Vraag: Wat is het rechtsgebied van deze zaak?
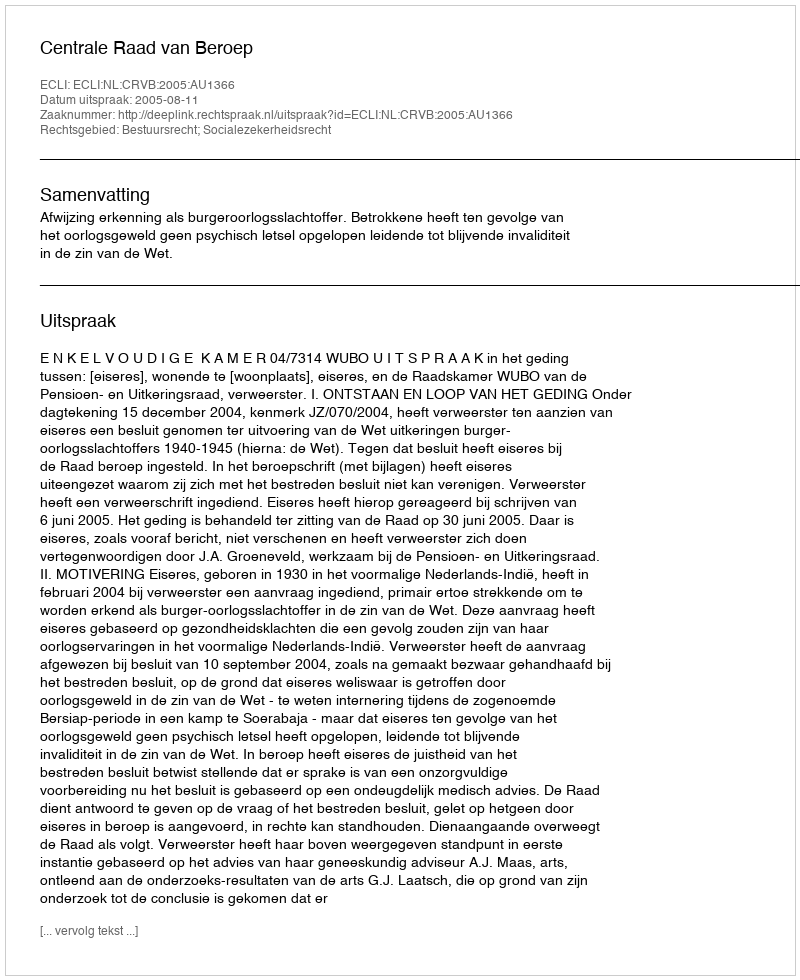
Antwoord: Bestuursrecht; Socialezekerheidsrecht